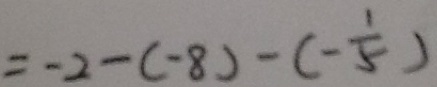
= - 2 - ( - 8 ) - ( - \frac { 1 } { 5 } )